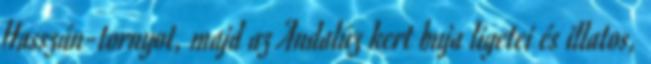
Hasszán-tornyot, majd az Andalúz kert buja ligetei és illatos,